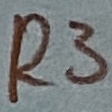
Text: R3